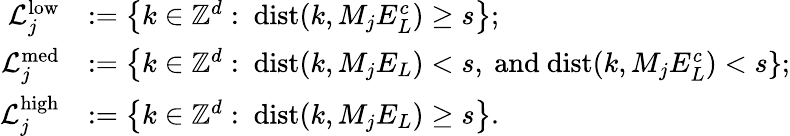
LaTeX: \begin{array}{r}{\begin{array}{rl}{\mathcal{L}_{j}^{\mathrm{low}}}&{:=\big\{ k\in\mathbb{Z}^{d}:\ \mathrm{dist}(k,M_{j}E_{L}^{c})\geq s\big\} ;}\\ {\mathcal{L}_{j}^{\mathrm{med}}}&{:=\big\{ k\in\mathbb{Z}^{d}:\ \mathrm{dist}(k,M_{j}E_{L})<s\mathrm{,~and~}\mathrm{dist}(k,M_{j}E_{L}^{c})<s\} ;}\\ {\mathcal{L}_{j}^{\mathrm{high}}}&{:=\big\{ k\in\mathbb{Z}^{d}:\ \mathrm{dist}(k,M_{j}E_{L})\geq s\big\} .}\end{array}}\end{array}